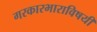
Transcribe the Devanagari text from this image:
गरकारभाराविषयी